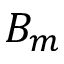
B _ { m }